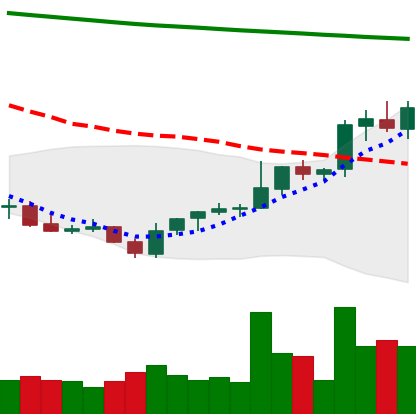
Ticker: LINK-USD
Chart end date: 2021-08-02
Forward return: 4.903%
Label: up_3_5